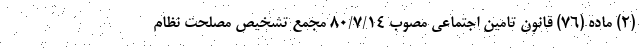
(۲) ماده (۷۶) قانون تامین اجتماعی مصوب ۸۰/۷/۱۴ مجمع تشخیص مصلحت نظام